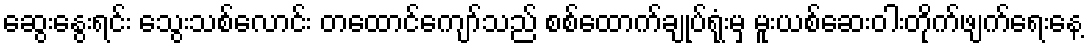
ဆွေးနွေးရင်း သွေးသစ်လောင်း တထောင်ကျော်သည် စစ်ထောက်ချုပ်ရုံးမှ မူးယစ်ဆေးဝါးတိုက်ဖျက်ရေးနေ့